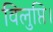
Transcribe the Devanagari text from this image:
विलुप्ति।